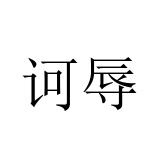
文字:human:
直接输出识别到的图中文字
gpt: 诃辱